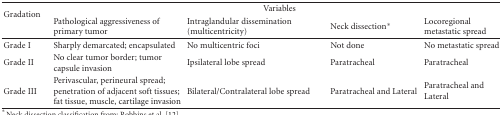
<table><thead><tr><td rowspan="2"><b>Gradation</b></td><td colspan="4"><b>Variables</b></td></tr><tr><td><b>Pathological aggressiveness of primary tumor</b></td><td><b>Intraglandular dissemination (multicentricity)</b></td><td><b>Neck dissection*</b></td><td><b>Locoregional metastatic spread</b></td></tr></thead><tbody><tr><td>Grade I</td><td>Sharply demarcated; encapsulated</td><td>No multicentric foci</td><td>Not done</td><td>No metastatic spread</td></tr><tr><td>Grade II</td><td>No clear tumor border; tumor capsule invasion</td><td>Ipsilateral lobe spread</td><td>Paratracheal</td><td>Paratracheal</td></tr><tr><td>Grade III</td><td>Perivascular, perineural spread; penetration of adjacent soft tissues; fat tissue, muscle, cartilage invasion</td><td>Bilateral/Contralateral lobe spread</td><td>Paratracheal and Lateral</td><td>Paratracheal and Lateral</td></tr></tbody></table>